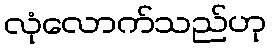
လုံလောက်သည်ဟု